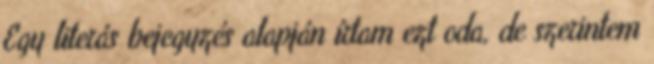
Egy literás bejegyzés alapján írtam ezt oda, de szerintem